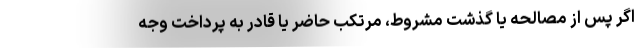
اگر پس از مصالحه یا گذشت مشروط، مرتکب حاضر یا قادر به پرداخت وجه